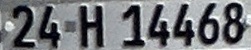
24 H 14468